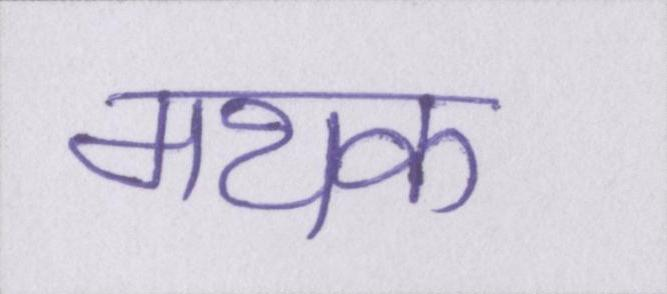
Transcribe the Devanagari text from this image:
मथक